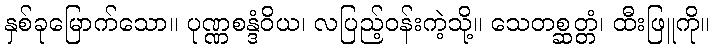
နှစ်ခုမြောက်သော။ ပုဏ္ဏစန္ဒံဝိယ၊ လပြည့်ဝန်းကဲ့သို့။ သေတစ္ဆတ္တံ၊ ထီးဖြူကို။